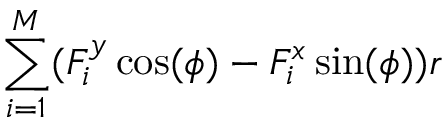
\sum _ { i = 1 } ^ { M } ( F _ { i } ^ { y } \cos ( \phi ) - F _ { i } ^ { x } \sin ( \phi ) ) r